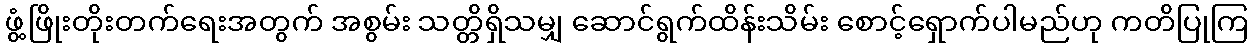
ဖွံ့ဖြိုးတိုးတက်ရေးအတွက် အစွမ်း သတ္တိရှိသမျှ ဆောင်ရွက်ထိန်းသိမ်း စောင့်ရှောက်ပါမည်ဟု ကတိပြုကြ